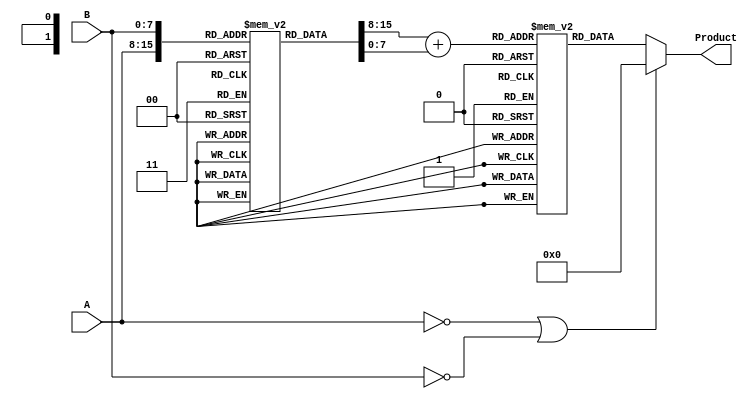
module LogarithmicMultiplier #(
    parameter N = 8, // Input width
    parameter M = 8, // Logarithmic width
    parameter P = 16 // Output width
)(
    input  wire [N-1:0] A, // First multiplicand
    input  wire [N-1:0] B, // Second multiplicand
    output reg  [P-1:0] Product // Result of multiplication
);

    // Example LUT for logarithm (base 2) for 8-bit inputs
    reg [M-1:0] log_table [0:255]; // 256 entries for 8-bit input
    initial begin
        // Populate the log_table with logarithmic values
        // This is just a placeholder; actual values need to be calculated
        // for log2(x) and scaled appropriately.
        // log_table[0] = 0; // log(0) is undefined, handle separately
        // Fill in the rest of the values...
        // For example:
        log_table[1] = 0;     // log2(1) = 0
        log_table[2] = 1;     // log2(2) = 1
        log_table[3] = 2;     // log2(3) ~ 1.585, scaled appropriately
        // Continue filling the table...
    end

    // Example LUT for exponential (inverse of logarithm)
    reg [P-1:0] exp_table [0:(1 << M)-1]; // Size depends on M
    initial begin
        // Populate the exp_table with exponential values
        // This is just a placeholder; actual values need to be calculated
        // for exp2(x) and scaled appropriately.
        exp_table[0] = 1; // exp(0) = 1
        exp_table[1] = 2; // exp(1) = 2
        exp_table[2] = 4; // exp(2) = 4
        // Continue filling the table...
    end

    // Internal signals
    reg [M-1:0] logA, logB, logResult;

    always @(*) begin
        // Handle zero inputs separately
        if (A == 0 || B == 0) begin
            Product = 0; // Product is zero if any input is zero
        end else begin
            // Logarithmic Conversion
            logA = log_table[A]; // Get log(A)
            logB = log_table[B]; // Get log(B)

            // Addition
            logResult = logA + logB; // log(A * B) = log(A) + log(B)

            // Exponential Conversion
            Product = exp_table[logResult]; // Get exp(logResult)
        end
    end

endmodule